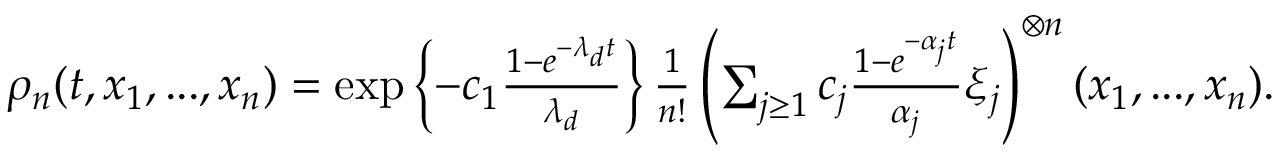
\begin{array} { r } { \rho _ { n } ( t , x _ { 1 } , . . . , x _ { n } ) = \exp \left\{ - c _ { 1 } \frac { 1 - e ^ { - \lambda _ { d } t } } { \lambda _ { d } } \right\} \frac { 1 } { n ! } \left( \sum _ { j \geq 1 } c _ { j } \frac { 1 - e ^ { - \alpha _ { j } t } } { \alpha _ { j } } \xi _ { j } \right) ^ { \otimes n } ( x _ { 1 } , . . . , x _ { n } ) . } \end{array}